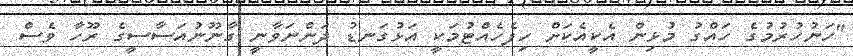
"ހަނުހުރުމުގެ ހައްގު މުޅިން އެކީއެކަށް ހިފެހެއްޓުމަކީ އަޅުގަނޑު ދަންނަވާނީ ގާނޫނުއަސާސީގެ ރޫހާ ވެސް